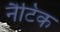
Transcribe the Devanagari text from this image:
नैटिक